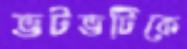
ভটভটিকে